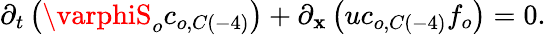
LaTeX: \partial_{t}\left(\varphiS_{o}c_{o,C\left(-4\right)}\right)+\partial_{\mathbf{x}}\left(uc_{o,C\left(-4\right)}f_{o}\right)=0.